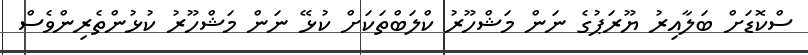
ސްކޮޑަށް ބަލާއިރު ޔޫރަޕުގެ ނަން މަޝްހޫރު ކްލަބްތަކަށް ކުޅޭ ނަން މަޝްހޫރު ކުޅުންތެރިންވެސް